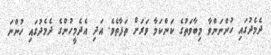
ދެމެދުގައި ހުންނަންވާ މިބާވަތުގެ ކަންކަމާ ވަރަށް ތަފާތެވެ. އަދި އެދެމީހުންގެ ދެމެދުގައި ހުންނަ